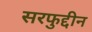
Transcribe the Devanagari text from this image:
सरफुद्दीन